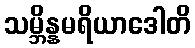
သမ္ဘိန္နမရိယာဒေါတိ